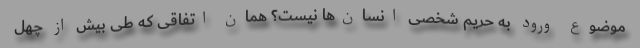
موضوع ورود به حریم شخصی انسان‌ها نیست؟ همان اتفاقی که طی بیش از چهل